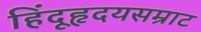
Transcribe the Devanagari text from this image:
हिंदूहृदयसम्राट